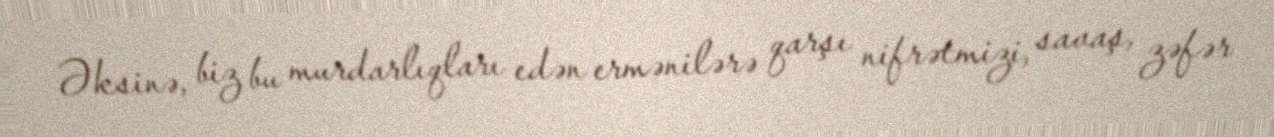
Əksinə, biz bu murdarlıqları edən ermənilərə qarşı nifrətmizi, savaş, zəfər